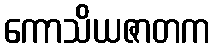
ကောသိယဇာတက